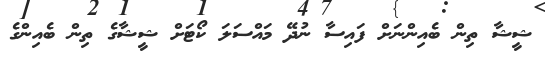
ޝީޝާ ތިން ބެއިންނަށް ފައިސާ ނުދޭ މައްސަލަ ކޯޓަށް ޝީޝާގެ ތިން ބެއިންގެ